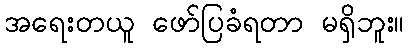
အရေးတယူ ဖော်ပြခံရတာ မရှိဘူး။